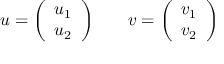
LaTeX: u = { \left( \begin{array} { l } { u _ { 1 } } \\ { u _ { 2 } } \end{array} \right) } \qquad v = { \left( \begin{array} { l } { v _ { 1 } } \\ { v _ { 2 } } \end{array} \right) }